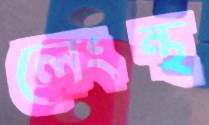
লেংন্থ